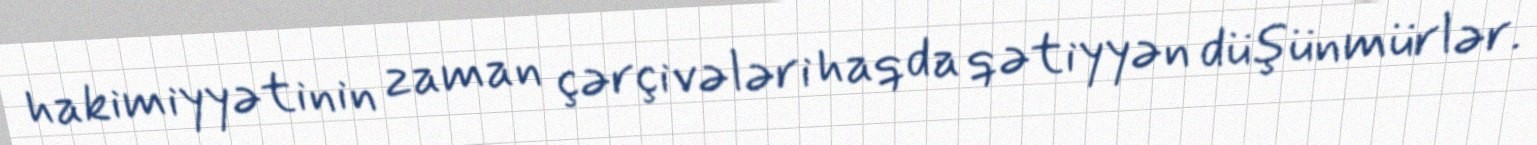
hakimiyyətinin zaman çərçivələri haqda qətiyyən düşünmürlər.